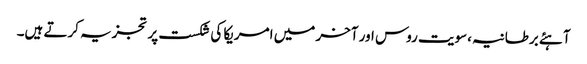
آہئے برطانیہ،سویت روس اور آخر میں امریکا کی شکست پر تجزیہ کرتے ہیں۔